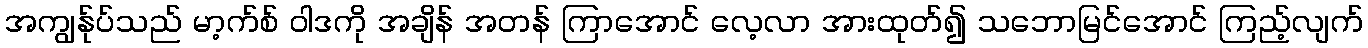
အကျွန်ုပ်သည် မာ့က်စ် ဝါဒကို အချိန် အတန် ကြာအောင် လေ့လာ အားထုတ်၍ သဘောမြင်အောင် ကြည့်လျက်